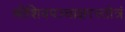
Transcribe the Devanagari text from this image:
श्रीशिवपञ्चाक्षरस्तोत्रं